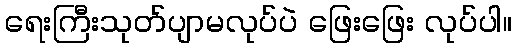
ရေးကြီးသုတ်ပျာမလုပ်ပဲ ဖြေးဖြေး လုပ်ပါ။